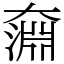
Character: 奫